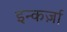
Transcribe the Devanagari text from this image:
इन्कर्ज़ा